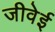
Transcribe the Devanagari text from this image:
जीवेई